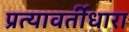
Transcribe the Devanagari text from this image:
प्रत्यावर्तीधारा